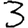
Digit: 3